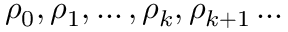
\rho _ { 0 } , \rho _ { 1 } , \dots , \rho _ { k } , \rho _ { k + 1 } \dots